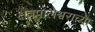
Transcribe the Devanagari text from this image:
क्षेत्रपालेश्वराच्या